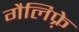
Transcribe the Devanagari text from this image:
गैलिफ़्रे